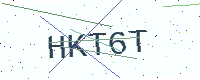
Text: HKT6T